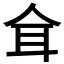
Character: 𦔴